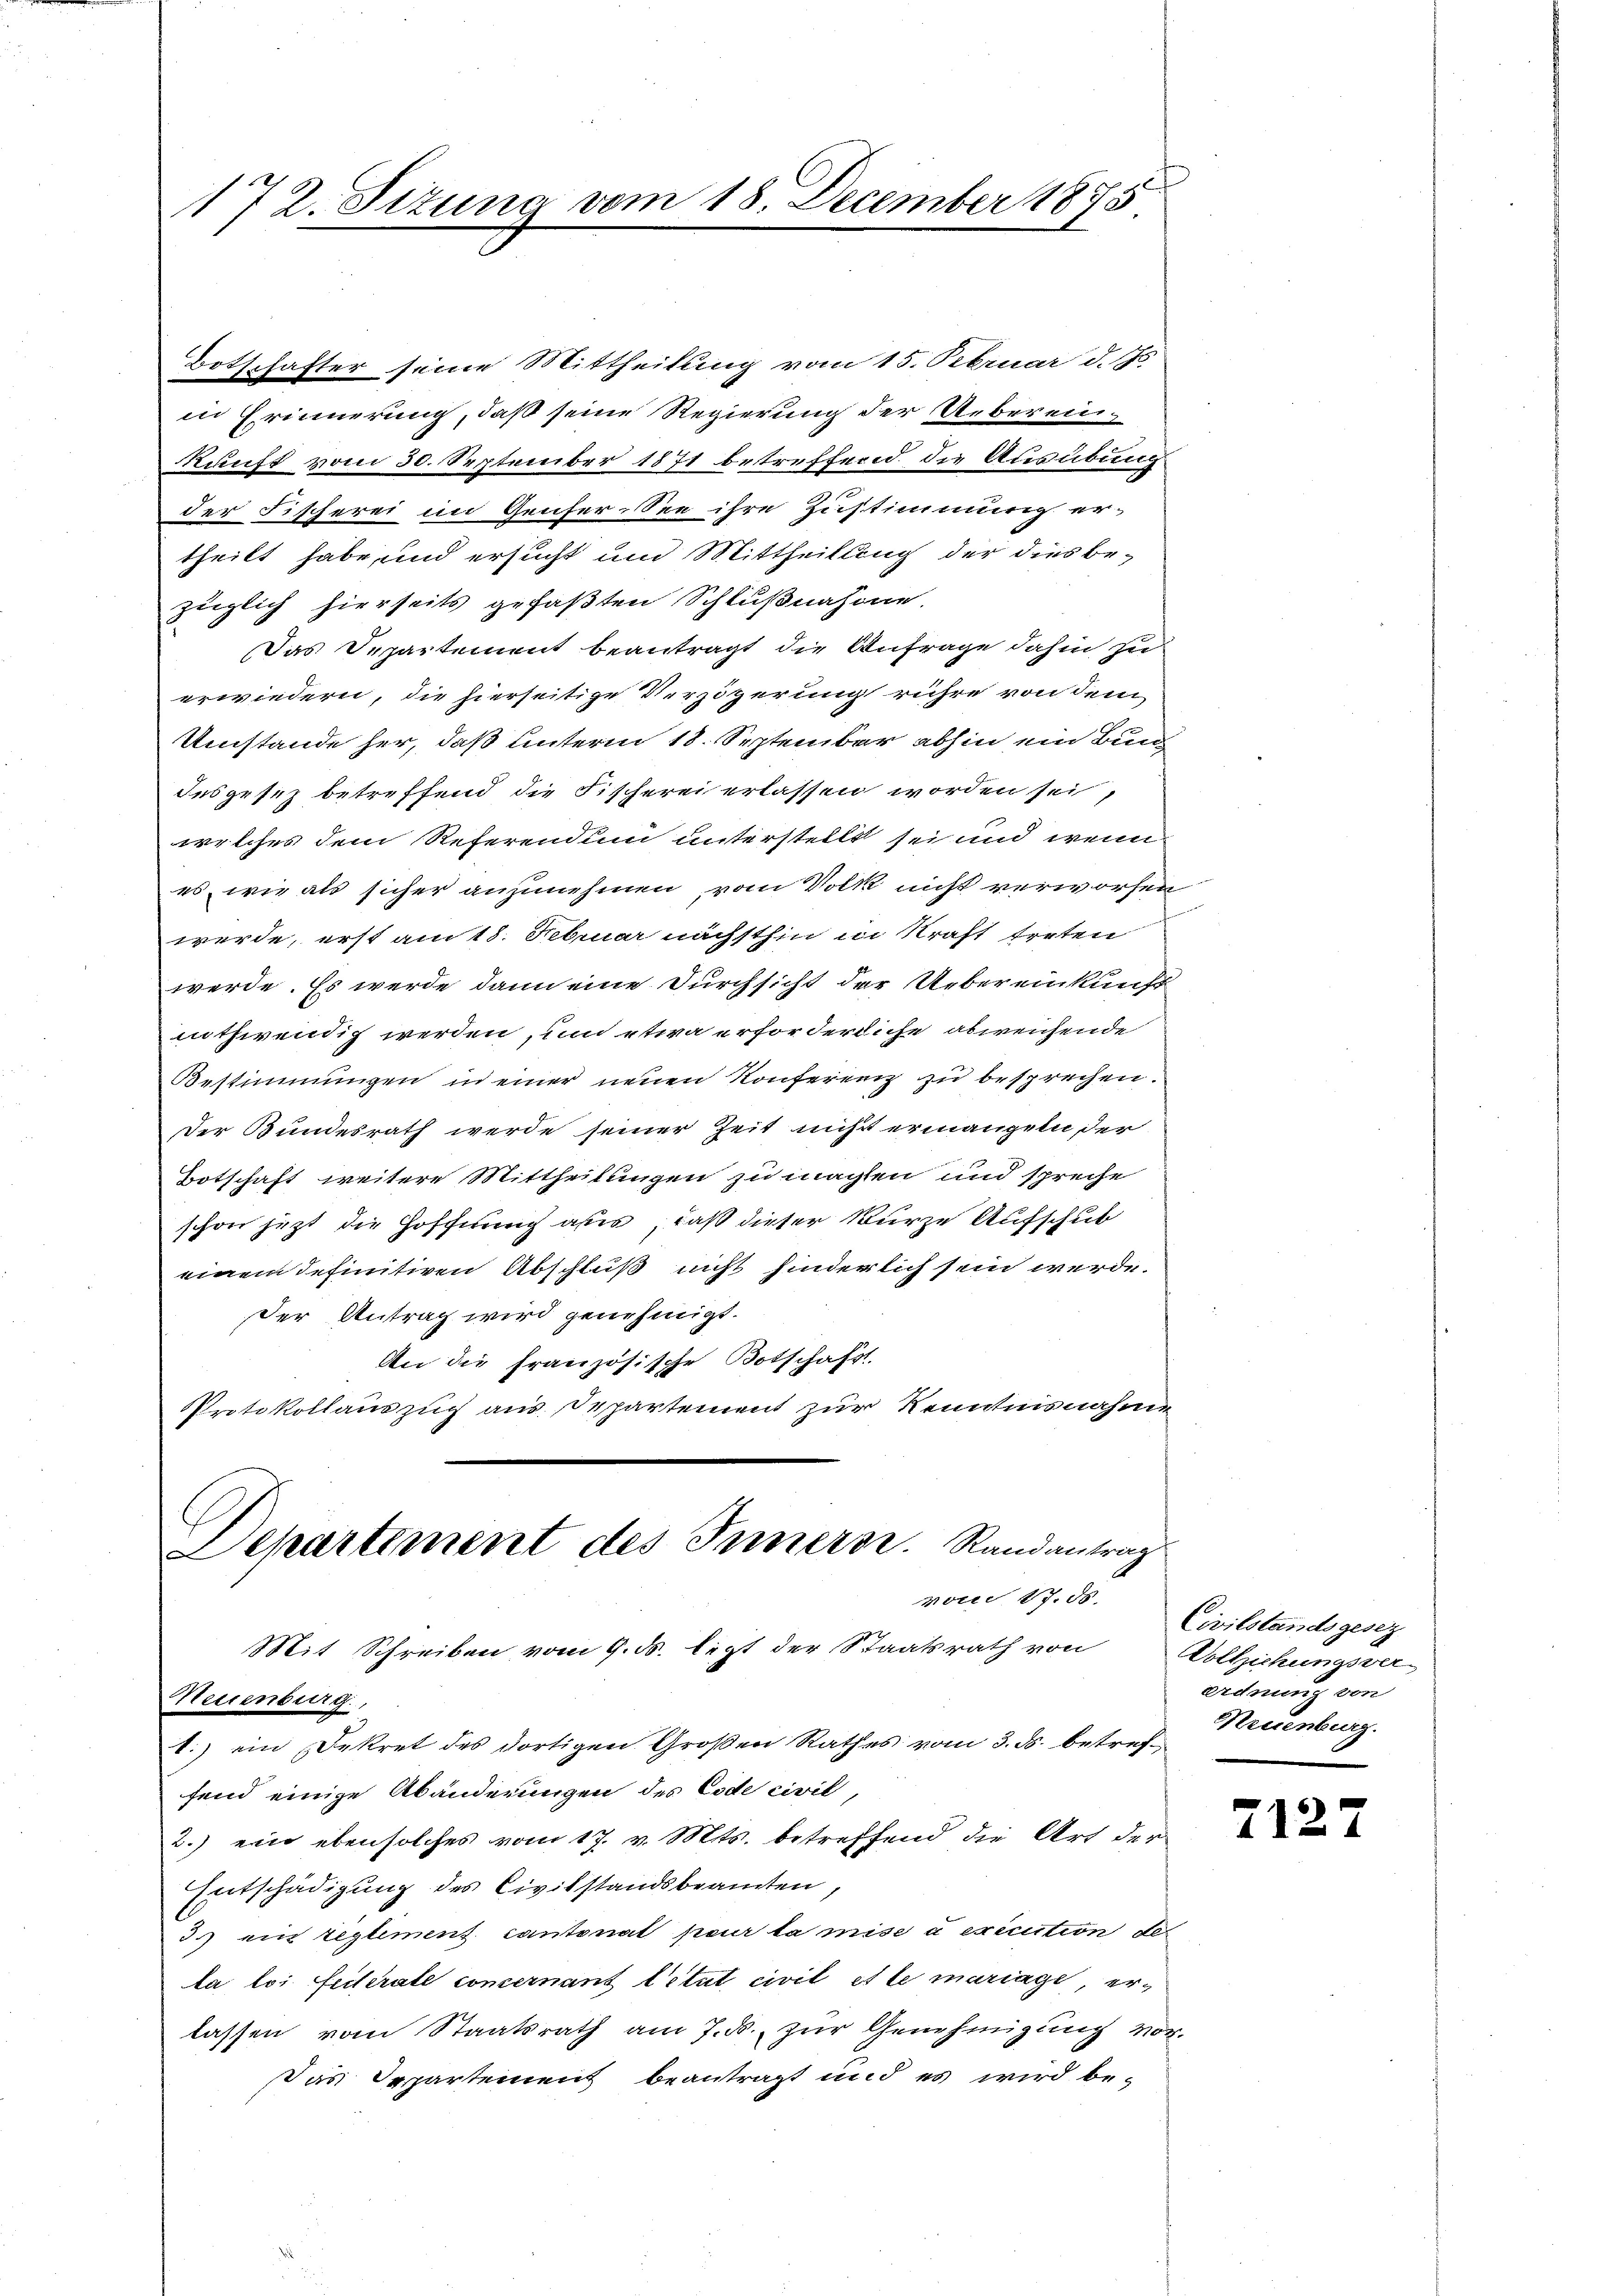
172. Sizung vom 18. December 1875

Botschafter seine Mittheilung vom 15. Februar d. Js.
in Erinnerung, daß seine Regierung der Ueberein-
kunft vom 30. September 1871 betreffend die Ausübung
der Fischerei im Genfer-See ihre Zustimmung er-
theilt habe und ersucht und Mittheilung der dies be-
züglich hierseits gefaßten Schlußnahme.
Das Departement beantragt die Anfrage dahin zu
erwiedern, die hierseitige Verzögerung rühre von dem
Umstände her, daß unterm 18. September abhin ein Bun
desgesetz betreffend die Fischerei erlassen worden sei,
welches dem Referendum unterstellt sei und wenn
es, wie als sicher anzunehmen vom Volk nicht verworfen
werde, erst am 18. Februar nächsthin in Kraft treten
werde. Es werde dann eine Durchsicht der Uebereinkunft
nothwendig werden, um etwa erforderliche abweichende
Bestimmungen in einer neuen Konferenz zu besprechen.
Der Bundesrath werde seiner Zeit nicht ermangeln der
Botschaft weitere Mittheilungen zu machten und spreche
schon jetzt die Hoffnung aus, daß dieser kurze Aufschub
einem definitiven Abschluß nicht hinderlich sein werde.
der Antrag wird genehmigt.
An die französische Botschafts-
Protokollauszug aus Departement zur Kenntnisnahme
Departement des Innern. Randantrag

vom 17. ds.
Mit Schreiben vom 9. ds. legt der Staatsrath von Vollziehungsver
Neuenburg,

1.) ein Dekret des dortigen Großen Rathes vom 3. ds. betreffend einige Abänderungen des Code civil,
2.) ein ebensolches vom 17. v. Mts. betreffend die Art der
Entschädigung des Civilstandsbeamten,
3.) ein reglement cantonat pour la mise à exécution des
la loi. Eiterale concernant titut civil et le mariage, erlassen vom Staatsrath am 7. ds. zŭr Genehmigŭng vor.
Das Departement beantragt und es wird be-

Civilstandsgesez
ordnung von
Neuenburg.

712